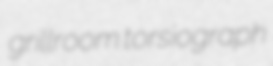
grillroom torsiograph